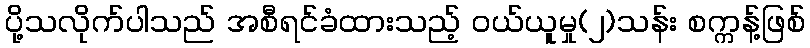
ပို့သလိုက်ပါသည် အစီရင်ခံထားသည့် ဝယ်ယူမှု(၂)သန်း စက္ကန့်ဖြစ်